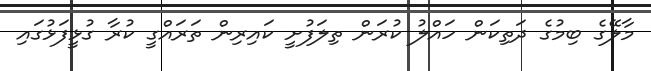
މާލޭގެ ބިމުގެ ދަތިކަން ހައްލު ކުރަން ތިލަފުށީ ކައިރިން ތަރައްގީ ކުރާ ގުޅީފަޅުގައި